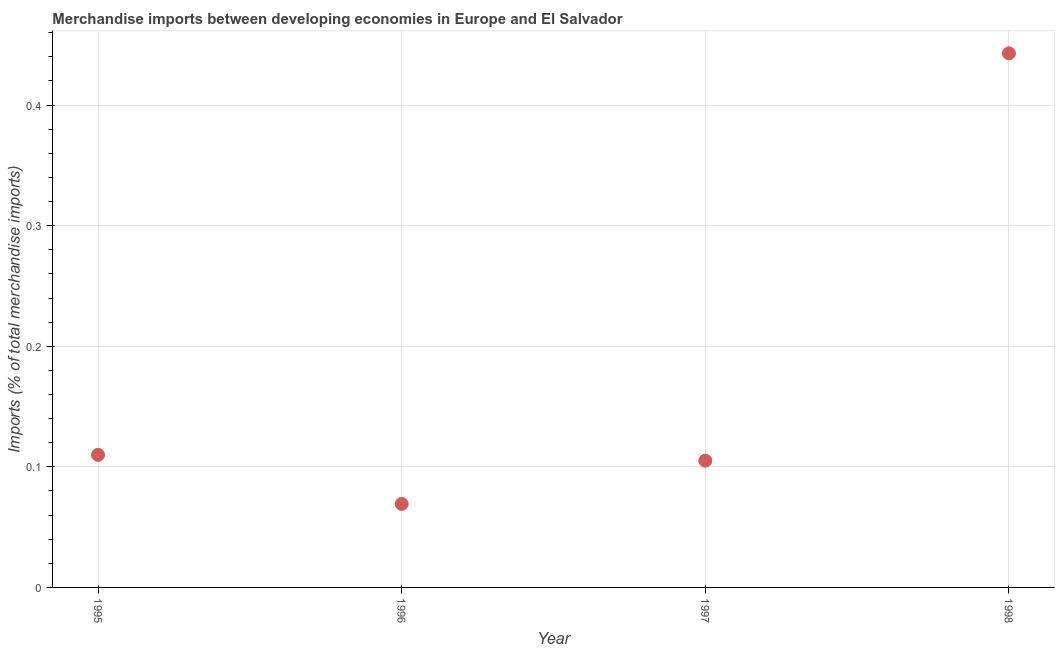
| Year | Merchandise imports |
 | --- | --- |
 | 1995 | 0.11 |
 | 1996 | 0.0692 |
 | 1997 | 0.105 |
 | 1998 | 0.443 |